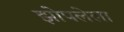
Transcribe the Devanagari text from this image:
झोपलेला